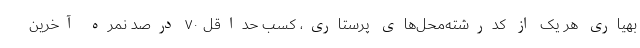
بهیاری هر یک از کدرشته‌محل‌های پرستاری، کسب حداقل ۷۰ درصد نمره آخرین